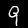
Digit: 9